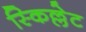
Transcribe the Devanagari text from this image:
स्किल्लेट